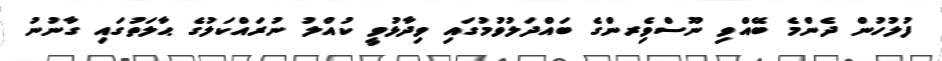
ފުލުހުން ދެންމެ ބޭއްވި ނޫސްވެިރންގެ ބައްދަލުވުމުގައި ވިދާޅުވީ ކުއްލު ނުރައްކަލުގެ ޙާލަތުގައި ގާނުނު